Report of the King Institute of Preventive Medicine, Guindy
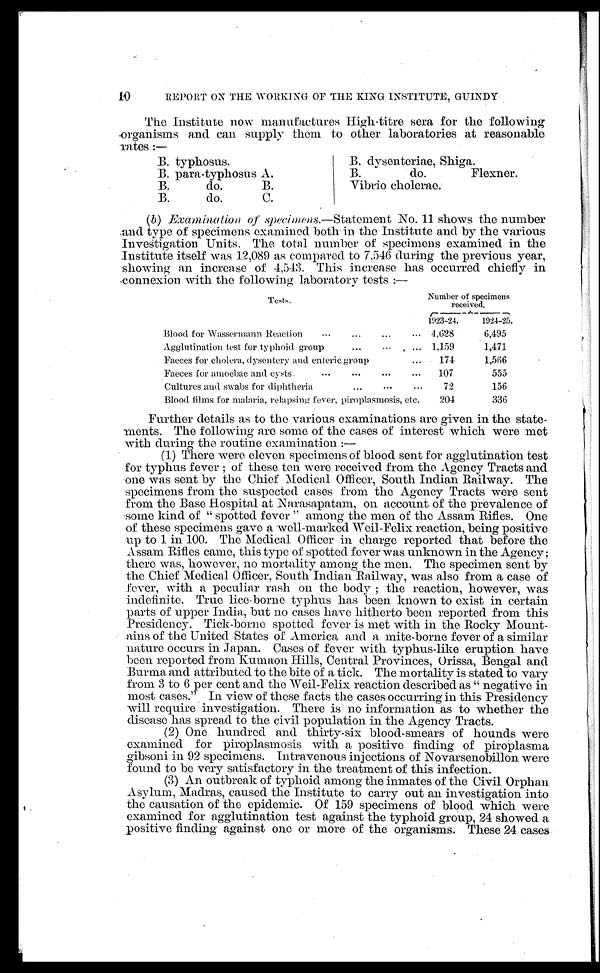
10
REPORT ON THE WORKING OF THE KING INSTITUTE, GUINDY
The Institute now manufactures High-titre sera for the followin
g organisms and can supply them to other laboratories at reasonable
rates :—
B. typhosus.
B. dysenteriae, Shiga.
B. para-typhosus A.
B.
do.
Flexner.
B.
do.
B.
Vibrio cholerae.
B.
do.
C.
( b ) Examination of specimens.— Statement No. 11 shows the number
and type of specimens examined both in the Institute and by the various
Investigation Units. The total number of specimens examined in the
Institute itself was 12,089 as compared to 7,546 during the previous year,
showing an increase of 4,543. This increase has occurred chiefly in
connexion with the following laboratory tests :—
T e s t s .
Number of specimens
received.
1923-24.
1924-25.
Blood for Wassermann Reaction
4,628
6,495
Agglutination test for typhoid group
1,159
1,471
Faeces for cholera, dysentery and enteric group
174
1,566
Faeces for amoebae and cysts
107
555
Cultures and swabs for diphtheria
72
156
Blood films for malaria, relapsing fever, piroplasmosis, etc.
204
336
Further details as to the various examinations are given in the state
-ments. The following are some of the cases of interest which were met
with during the routine examination :
—
(1)
There were eleven specimens of blood sent for agglutination test
for typhus fever; of these ten were received from the Agency Tracts and
one was sent by the Chief Medical Officer, South Indian Railway. The
specimens from the suspected cases from the Agency Tracts were sent
from the Base Hospital at Narasapatam, on account of the prevalence of
some kind of "spotted fever" among the men of the Assam Rifles. One
of these specimens gave a well-marked Weil-Felix reaction, being positive
up to 1 in 100. The Medical Officer in charge reported that before the
Assam Rifles came, this type of spotted fever was unknown in the Agency;
there was, however, no mortality among the men. The specimen sent by
the Chief Medical Officer, South Indian Railway, was also from a case of
fever, with a peculiar rash on the body ; the reaction, however, was
indefinite. True lice-borne typhus has been known to exist in certain
parts of upper India, but no cases have hitherto been reported from this
Presidency. Tick-borne spotted fever is met with in the Rocky Mount-
-ains of the United States of America and a mite-borne fever of a similar
nature occurs in Japan. Cases of fever with typhus-like eruption have
been reported from Kumaon Hills, Central Provinces, Orissa, Bengal and
Burma and attributed to the bite of a tick. The mortality is stated to vary
from 3 to 6 per cent and the Weil-Felix reaction described as "negative in
most cases." In view of these facts the cases occurring in this Presidency
will require investigation. There is no information as to whether the
disease has spread to the civil population in the Agency Tracts.
(2) One hundred and thirty-six blood-smears of hounds were
examined for piroplasmosis with a positive finding of piroplasma
gibsoni in 92 specimens. Intravenous injections of Novarsenobillon were
found to be very satisfactory in the treatment of this infection.
(3) An outbreak of typhoid among the inmates of the Civil Orphan
Asylum, Madras, caused the Institute to carry out an investigation into
the causation of the epidemic. Of 159 specimens of blood which were
examined for agglutination test against the typhoid group, 24 showed a
positive finding against one or more of the organisms. These 24 cases